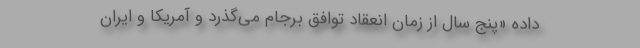
داده «پنج سال از زمان انعقاد توافق برجام می‌گذرد و آمریکا و ایران